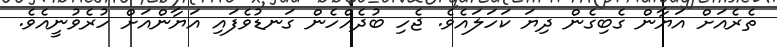
ތެރެއަށް އަޔާން ގެބިގެން ދިޔަ ކަހަލައެވެ. ޖެހި ބުދެއްހެން ގަނޑުވެފައި އަޔާންއަށް ހުރެވުނީއެވެ.